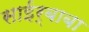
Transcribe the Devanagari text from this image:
साईर्बाबा